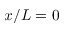
x / L = 0